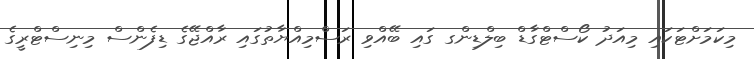
މިކަމަށްޓަކައި މިއަދު ކޯސްޓްގާޑް ބިލްޑިންގ ގައި ބޭއްވި ރަސްމިއްޔާތުގައި ރާއްޖޭގެ ޑިފެންސް މިނިސްޓްރީގެ